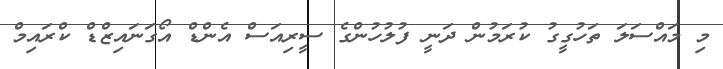
މި މައްސަލަ ތަހުގީގު ކުރަމުން ދަނީ ފުލުހުންގެ ސީރިއަސް އެންޑް އޯގަނައިޒްޑް ކްރައިމް